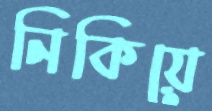
নিকিয়ে